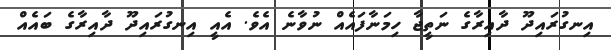
އިނގުރައިދޫ ދާއިރާގެ ނަތީޖާ ހިމަނާފައެއް ނުވާނެ އެވެ. އެއީ އިނގުރައިދޫ ދާއިރާގެ ބައެއް